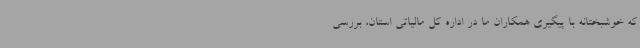
که خوشبختانه با پیگیری همکاران ما در اداره کل مالیاتی استان، بررسی